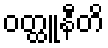
ဝတ္ထူနီတိ